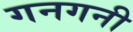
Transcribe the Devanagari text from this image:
गनगनी